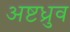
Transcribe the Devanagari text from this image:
अष्टध्रुव